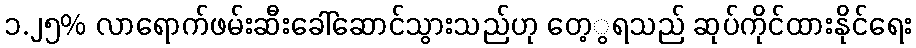
၁.၂၅% လာရောက်ဖမ်းဆီးခေါ်ဆောင်သွားသည်ဟု တေ့ွရသည် ဆုပ်ကိုင်ထားနိုင်ရေး